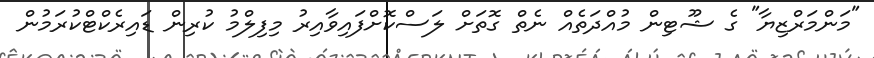
"މަންމަރްޒިޔާ" ގެ ޝޫޓިން މުއްދަތެއް ނެތް ގޮތަށް ލަސްކޮށްފައިވާއިރު މިފިލްމު ކުރިން ޑައިރެކްޓްކުރަމުން